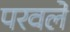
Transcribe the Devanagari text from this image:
परवले